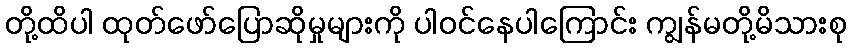
တို့ထိပါ ထုတ်ဖော်ပြောဆိုမှုများကို ပါဝင်နေပါကြောင်း ကျွန်မတို့မိသားစု